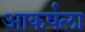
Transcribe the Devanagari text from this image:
आकर्षला